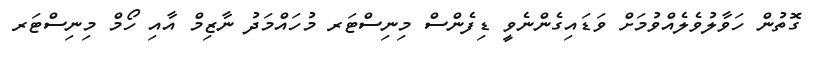
ގޮތުން ހަވާލުވެލެއްވުމަށް ވަޑައިގެންނެވީ ޑިފެންސް މިނިސްޓަރ މުހައްމަދު ނާޒިމް އާއި ހޯމް މިނިސްޓަރ